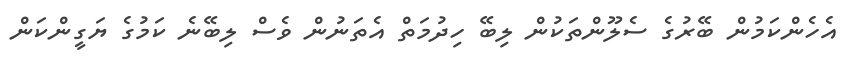
އެހެންކަމުން ބޭރުގެ ސެލޫންތަކުން ލިބޭ ހިދުމަތް އެތަނުން ވެސް ލިބޭނެ ކަމުގެ ޔަގީންކަން